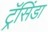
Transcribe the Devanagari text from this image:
ट्रॅसिंडा